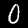
Digit: 0